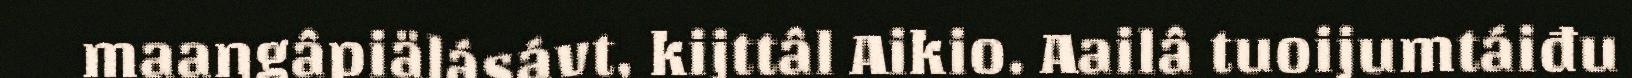
maaŋgâpiälásávt, kijttâl Aikio. Aailâ tuoijumtáiđu